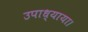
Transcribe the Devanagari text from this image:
उपाध्याया।